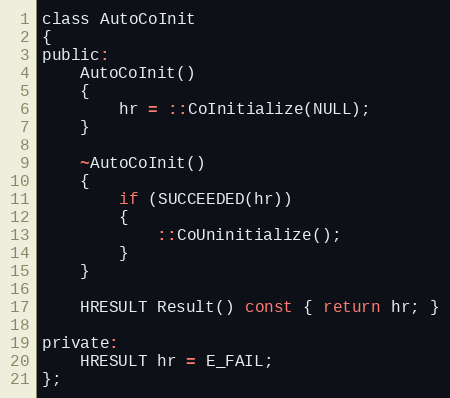
Language: C
class AutoCoInit
{
public:
	AutoCoInit()
	{
		hr = ::CoInitialize(NULL);
	}

	~AutoCoInit()
	{
		if (SUCCEEDED(hr))
		{
			::CoUninitialize();
		}
	}

	HRESULT Result() const { return hr; }

private:
	HRESULT hr = E_FAIL;
};